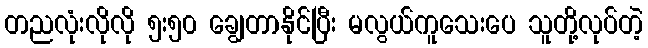
တညလုံးလိုလို ၅း၅၀ ချွေတာနိုင်ပြီး မလွယ်ကူသေးပေ သူတို့လုပ်တဲ့